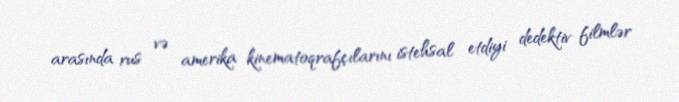
arasında rus və amerika kinematoqrafçılarını istehsal etdiyi dedektiv filmlər